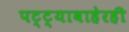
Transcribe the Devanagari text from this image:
पट्ट्याबाहेरही